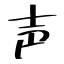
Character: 声